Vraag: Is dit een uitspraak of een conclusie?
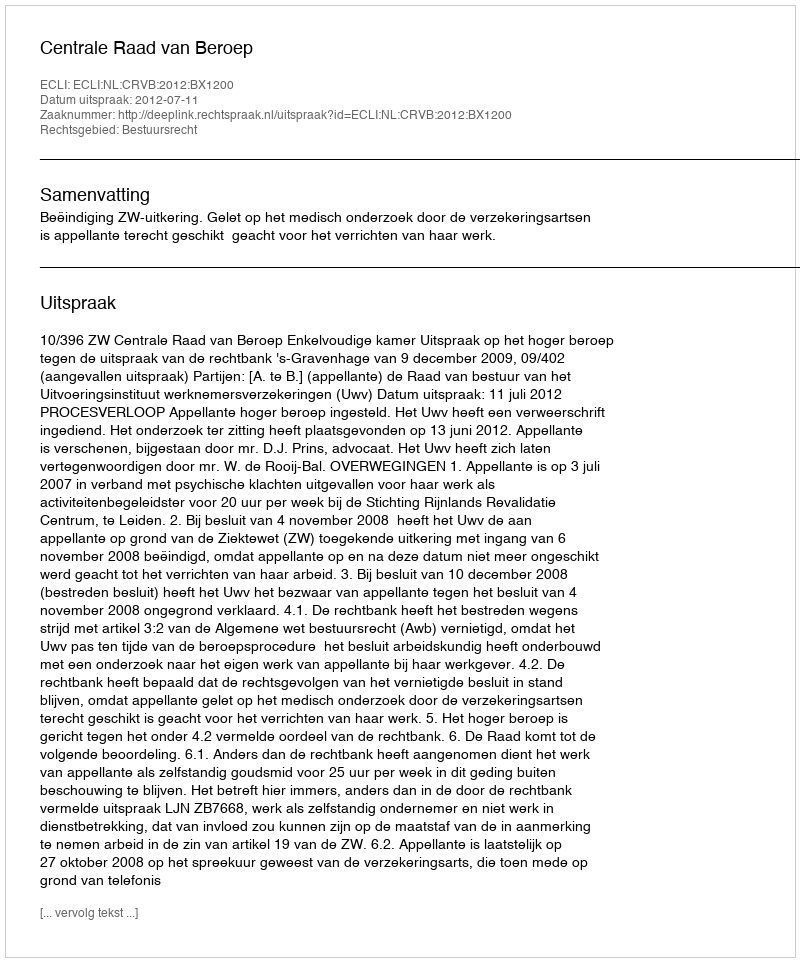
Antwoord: Uitspraak